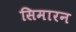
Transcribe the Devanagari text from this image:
सिमारन